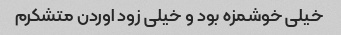
خیلی خوشمزه بود و خیلی زود اوردن متشکرم